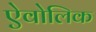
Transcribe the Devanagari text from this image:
ऐवोलिक